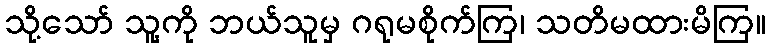
သို့သော် သူ့ကို ဘယ်သူမှ ဂရုမစိုက်ကြ၊ သတိမထားမိကြ။